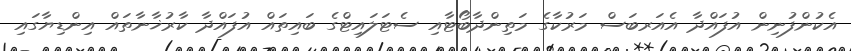
އެކުންފުނިން އުފައްދާ އެއަރބަސް މަރުކާގެ މަތިންދާބޯޓާއި ސެޓަލައިޓްގެ ބައިތައް އުފައްދާ ކާރުޚާނާތައް އިންޑިޔާގައި